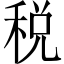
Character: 税